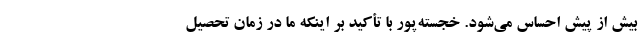
بیش از پیش احساس می‌شود.‌ خجسته‌پور با تأکید بر اینکه ما در زمان تحصیل